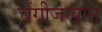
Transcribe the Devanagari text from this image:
चेंगीजखान